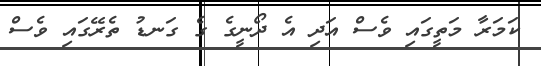
ކަމަރާ މަތީގައި ވެސް އަދި އެ ދޯނީގެ ގެ ގަނޑު ތެރޭގައި ވެސް